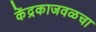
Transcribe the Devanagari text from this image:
केंद्रकाजवळचा